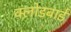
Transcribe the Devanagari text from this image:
क्लोडबार्ड